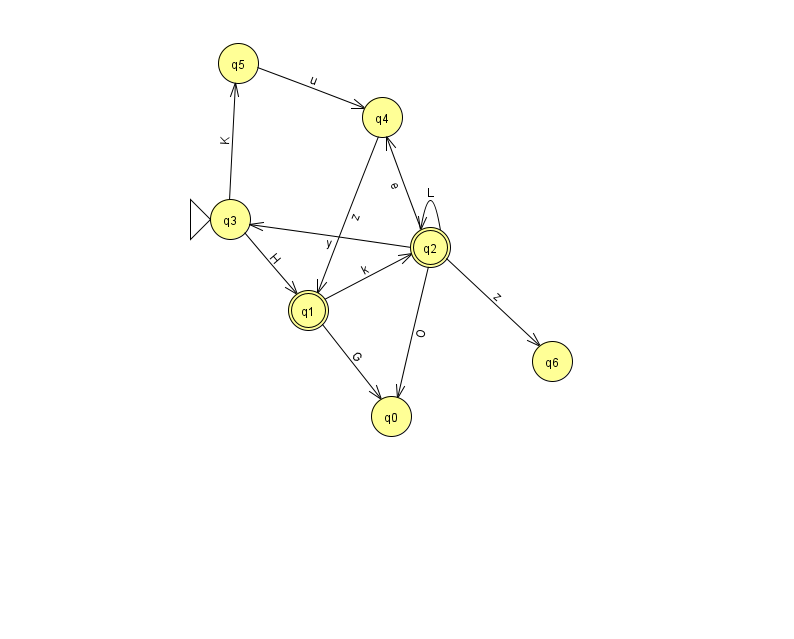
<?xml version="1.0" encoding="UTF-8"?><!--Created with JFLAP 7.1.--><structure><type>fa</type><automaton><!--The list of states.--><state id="0" name="q0"><x>391.0</x><y>403.0</y></state><state id="1" name="q1"><x>308.0</x><y>297.0</y><final/></state><state id="2" name="q2"><x>430.0</x><y>234.0</y><final/></state><state id="3" name="q3"><x>230.0</x><y>206.0</y><initial/></state><state id="4" name="q4"><x>382.0</x><y>104.0</y></state><state id="5" name="q5"><x>238.0</x><y>50.0</y></state><state id="6" name="q6"><x>552.0</x><y>348.0</y></state><!--The list of transitions.--><transition><from>3</from><to>5</to><read>K</read></transition><transition><from>5</from><to>4</to><read>u</read></transition><transition><from>2</from><to>0</to><read>O</read></transition><transition><from>2</from><to>3</to><read>y</read></transition><transition><from>3</from><to>1</to><read>H</read></transition><transition><from>2</from><to>4</to><read>e</read></transition><transition><from>2</from><to>6</to><read>z</read></transition><transition><from>4</from><to>1</to><read>z</read></transition><transition><from>1</from><to>2</to><read>k</read></transition><transition><from>1</from><to>0</to><read>G</read></transition><transition><from>2</from><to>2</to><read>L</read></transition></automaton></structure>